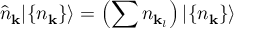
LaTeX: { \hat { n } } _ { \mathbf { k } } | \{ n _ { \mathbf { k } } \} \rangle = \left( \sum n _ { \mathbf { k } _ { l } } \right) | \{ n _ { \mathbf { k } } \} \rangle